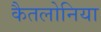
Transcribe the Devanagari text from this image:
कैतलोनिया